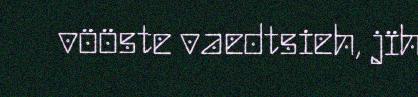
vööste vaedtsieh, jïh